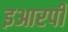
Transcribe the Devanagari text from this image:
इआरपी